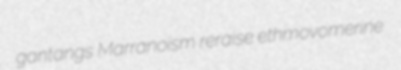
gantangs Marranoism reraise ethmovomerine